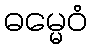
ဓမ္မေဝံ